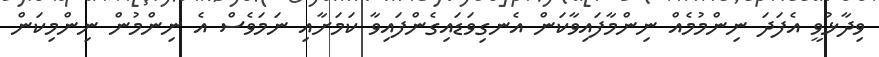
ވިދާޅުވީ އެފަދަ ނިންމުމެއް ނިންމާފައިވާކަން އެނގިވަޑައިގެންފައިވާ ކަމަށާއި ނަމަވެސް އެ ނިންމުން ނިންމިކަން